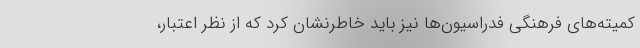
کمیته‌های فرهنگی فدراسیون‌ها نیز باید خاطرنشان کرد که از نظر اعتبار،